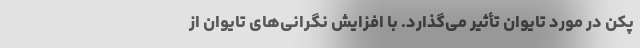
پکن در مورد تایوان تأثیر می‌گذارد. با افزایش نگرانی‌های تایوان از